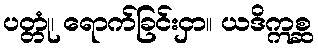
ပတ္တုံ၊ ရောက်ခြင်းငှာ။ ယဒိဣစ္ဆ